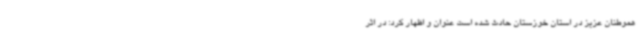
هموطنان عزیز در استان خوزستان حادث شده است عنوان و اظهار کرد: در اثر